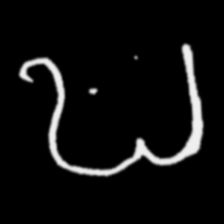
Pyu character \u2014 Myanmar letter: ဎ (romanized: ddha)